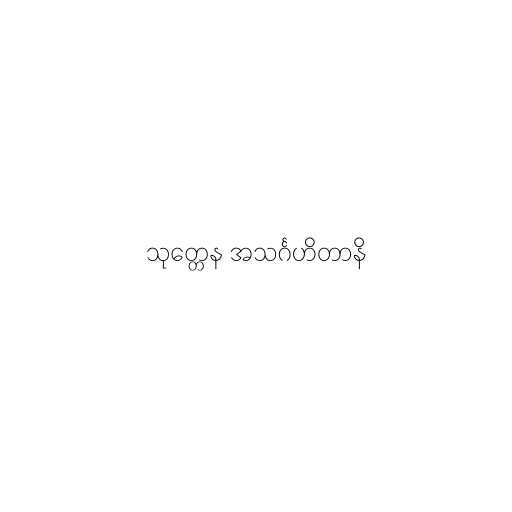
သုတ္တေန အသင်္ဂဟိတာနိ